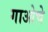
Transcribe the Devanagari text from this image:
गाओचे